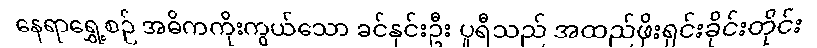
နေရာရွှေ့စဉ် အဓိကကိုးကွယ်သော ခင်နှင်းဦး ပူရီသည် အထည်ဖိုးရှင်းခိုင်းတိုင်း